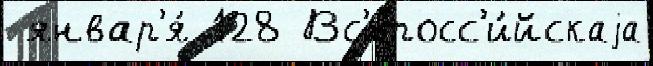
 январ'я́ 128 Вс'еросс'и́йскаjа